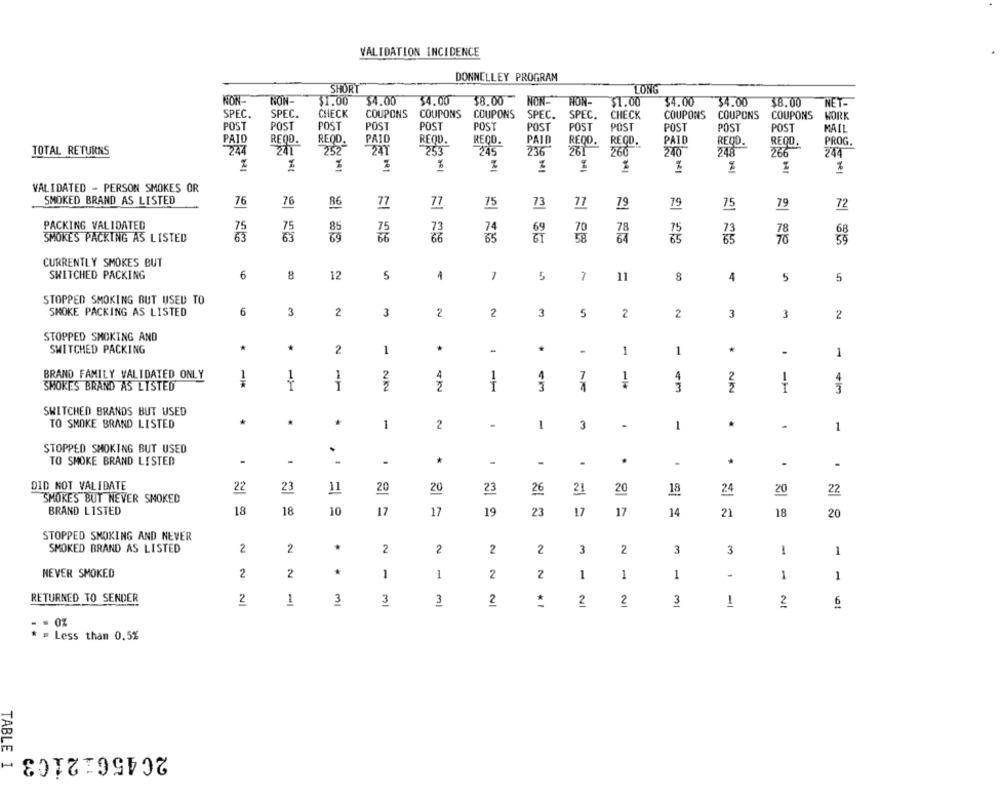
VALIDATION INCIDENCE
DONNELLEY PROGRAM
SHORT
LONG
NON
NON-
31.00
34.00
34.00
$8.00
NON-
NON-
$1.00
$4.00
34.00
38.00
NET-
SPEC.
CHECK
COUPONS
COUPONS
SPEC.
COUPONS
SPEC.
SPEC.
CHECK
COUPONS
COUPONS
COUPONS
WORK
POST
POST
POST
POST
POST
POST
POST
POST
POST
POST
POST
POST
MAIL
PAID
REDO.
REQD.
PAID
REOD.
REOD.
PAID
REOD
REQD.
PAID
REQO.
REQO.
PROG.
TOTAL RETURNS
244
252
253
245
236
261
260
240
248
244
$ 941
%
%
VALIDATED - PERSON SMOKES OR
SMOKED BRAND AS LISTED
76
76
77
79
86
77
77
75
73
79
75
79
72
PACKING VALIDATED
75
74
75
73
SMOKES PACKING AS LISTED
73
CURRENTLY SMOKES BUT
6
8
SWITCHED PACKING
12
5
1
-
5
1
11
8
4
5
5
STOPPED SMOKING BUT USED TO
SMOKE PACKING AS LISTED
6
3
2
3
2
2
3
5
2
2
3
3
2
STOPPED SMOKING AND
SWITCHED PACKING
2
1
-
-
1
1
.
1
BRAND FAMILY VALIDATED ONLY
2
4
SMOKES BRAND AS LISTED
-
2
3
-
3
+Im
SWITCHED BRANDS BUT USED
TO SMOKE BRAND LISTED
1
2
1
3
-
1
.
1
STOPPED SMOKING BUT USED
.
TO SMOKE BRAND LISTED
-
.
.
.
DID NOT VALIDATE
22
23
11
20
20
23
26
21
20
22
18
24
20
SMOKE'S BUT NEVER SMOKED
BRAND LISTED
18
18
10
17
17
19
23
17
17
14
21
18
20
STOPPED SMOKING AND NEVER
SMOKED BRAND AS LISTED
2
2
*
2
2
2
2
3
2
3
3
1
1
NEVER SMOKED
2
2
*
1
1
2
2
1
1
1
1
1
RETURNED TO SENDER
2
1
3
3
3
2
2
2
3
1
2
6
. OZ
* = Less than 0.5%
2045612103
TABLE I